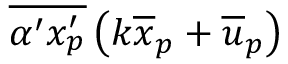
\overline { { \alpha ^ { \prime } x _ { p } ^ { \prime } } } \left( k \overline { { x } } _ { p } + \overline { { u } } _ { p } \right)